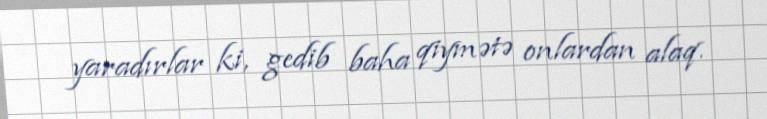
yaradırlar ki, gedib baha qiymətə onlardan alaq.